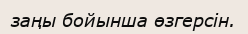
заңы бойынша өзгерсін.